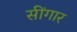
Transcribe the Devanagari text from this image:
सींगार